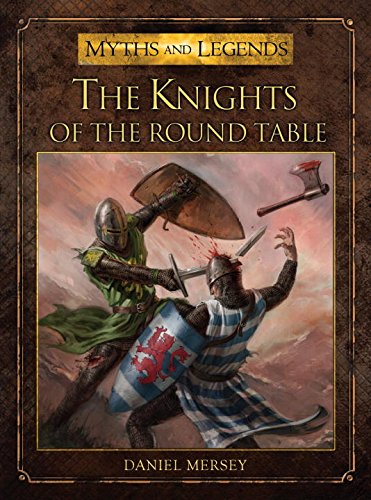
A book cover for The Knights of the Round Table (Myths and Legends); Daniel Mersey; Science Fiction & Fantasy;